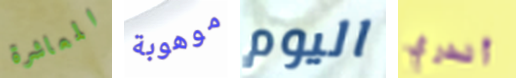
المعاشرة موهوبة اليوم أندري